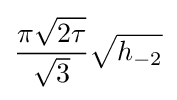
{\frac {\pi {\sqrt {2\tau }}}{\sqrt {3}}}{\sqrt {h_{-2}}}